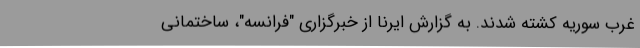
غرب سوریه کشته شدند. به گزارش ایرنا از خبرگزاری "فرانسه"، ساختمانی